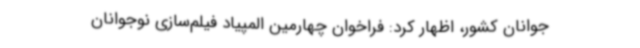
جوانان کشور، اظهار کرد: فراخوان چهارمین المپیاد فیلم‌سازی نوجوانان